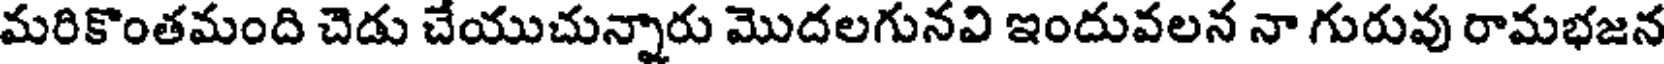
మరికొంతమంది చెడు చేయుచున్నారు మొదలగునవి ఇందువలన నా గురువు రామభజన